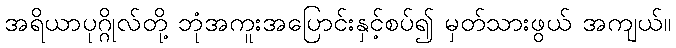
အရိယာပုဂ္ဂိုလ်တို့ ဘုံအကူးအပြောင်းနှင့်စပ်၍ မှတ်သားဖွယ် အကျယ်။